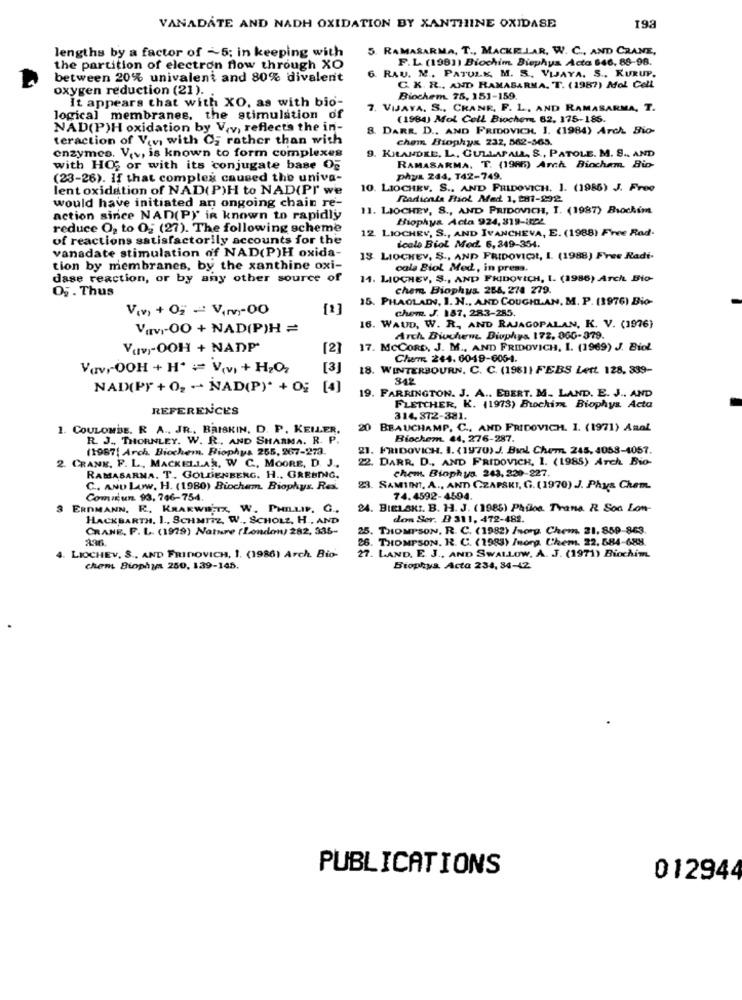
193
VANADATE AND NADH OXIDATION BY XANTHINE OXIDASE
lengths by a factor of ~5; in keeping with
5. RAMASARMA, T ., MACKELAR, W. C ., AND CRANE,
F.L. (1981) Biochim. Biephys Acta 646, 88-98.
the partition of electron flow through XO
6. RAU. M ., PATULE, M. S. VIJAYA. S ., KURUP.
between 20% univalent and 80% divalent
oxygen reduction (21).
C. K. R ., AND RAMASARMA. T. (1987) Mol Cell
It appears that with XO, as with bio-
Biochem. 75, 151-159.
7. VIJAYA. S ., CRANE, F. L, AND RAMASARMA, T.
logical membranes, the stimulation of
(1984) Mot Cell. Biochem 62. 175-185.
NAD(P)H oxidation by Viv, reflects the in-
8. DARR. D .. AND FRIDOVICH. I. (1984) Arch Bio-
teraction of Vin with Ci rather than with
chem Biophys 232, 562-365.
enzymes. V.v, is known to form complexes
9. KHANDEE. L ., CULLAFALL, S ., PATOLE. M. S ., AND
with HO; or with its conjugate base Og
RAMASARMA, T. (1986) Arch Biochem Bio-
(23-26). If that complex caused the univa-
phys 244, T42-749.
lent oxidation of NAD(P)H to NAD(Pr we
10. LIOCHRV. S ., AND FRIDOVICH. I. (1986) J. Free
Radicals Riol Med 1, 281-292.
would have initiated an ongoing chain re-
11. LIOCHEV, S ., AND PRIDOVICH, I. (1987) Brochém
action since NAD(P)' in known to rapidly
Biophys Acta 924, 819-122
reduce O2 to 0; (27). The following scheme
12. LIOCHEV, S ., AND IVANCHEVA, E. (1988) Free Rad-
of reactions satisfactorily accounts for the
vanadate stimulation of NAD(P)H oxida-
icale Biol Med. 6,349-354.
13. LIOCHEY, S ., AND FRIDOVIC, I. (1988) Free Radi-
tion by membranes, by the xanthine oxi-
cala Biol Med, in press.
dase reaction, or by any other source of
11. LIOCHEY, S ., AND FRIDOVICH, I. (1986) Arch Bio-
chem Biophys. 265, 278 279.
05. Thus
15. PHAOLAIN, I. N ., AND COUGHLAN, M. P. (1976) Bio-
V(v) + 02 - Vm-00
[2]
chem. J. 187, 283-285
Vav1-00 + NAD(P)H =
16. WAUD, W. R. AND RAJAGOPALAN, K. V. (1976)
Arch Biochem. Biophys 172. 006-379.
Yuv-OOH + NADP'
[2]
17. McCORD, J. M ., AND FRIDOVICH, I. (1969) J. Biol
Cher 244. 0049-606-4.
VavrOOH + H* = V(v) + H2O2
[3]
18. WINTERBOURN. C. C. (1981) FEBS Lett. 128, 339-
842
NAD(PY + 02 - NAD(P)* + 0; [4]
19. FARRINGTON. J. A .. EBERT. M. LAND. E. J ., AND
REFERENCES
FLETCHER, K. (1973) Buchin Biophys Acta
314,372-381.
1. COULOMBE. R. A ., JR ., BRISKIN, D. P. KELLER.
20 BEAUCHAMP. C ., AND FRIDOVICH. I. (1971) Anal
R. J ., THORNLEY. W. R. AND SHARMA. R. P.
Biochem. 44, 276-287.
(1987| Arch. Biochem. Biophys 265, 267-273.
21. FRIDOVICH. I. (1970)J. Bal Chem. 245, 4058-4057.
2. CRANE. F. L ., MACKELLAR, W. C ., MOORE, D. J ..
22. DARR. D ., AND FRIDOVICH, 1. (1985) Arch. Bio-
chem. Biophys. 243, 220-227.
RAMASARNA. T. GOLDENBERG. H ., GREBING.
C. AND Low, H. (1980) Biochem. Biophys. Res.
23. SAMIINT, A ., AND) CZAPSKI, G. (1970) J. Phys Chem.
Commun. 93, 746-754.
74.4592-4594.
3 ERDMANN. E. KRARWENTX, W. PHILLIP. G.
24. BIELAK :. B. H. J. (1985) Philos. Trana R Son Lon-
HACKBARTH. 1 ., SCHMITZ, W ., SCHOLZ, H ., AND
don Ser. B 311, 472-482.
CRANE. F. L. (1999) Nature (London) 282, 335-
25. THOMPSON, R. C. (1982) Inorg. Chem. 21, 859-863.
26. THOMPSON. R. C. (1983) Inorg. Chem. 22. 584-688.
27. LAND. E. J ., AND SWALLOW, A. J. (1971) Biochim.
4. LIOCHEV. S ., AND FRInovICH, 1. (1986) Arch. Bio-
chem Biophya 250, 139-145.
Biophya Acta 234, 34-42
PUBLICATIONS
012944